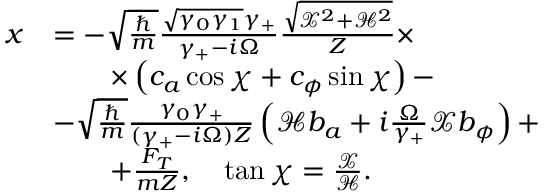
\begin{array} { r l } { x } & { = - \sqrt { \frac { \hbar } { m } } \frac { \sqrt { \gamma _ { 0 } \gamma _ { 1 } } \gamma _ { + } } { \gamma _ { + } - i \Omega } \frac { \sqrt { \mathcal { X } ^ { 2 } + \mathcal { H } ^ { 2 } } } { Z } \times } \\ & { \qquad \times \left( c _ { a } \cos \chi + c _ { \phi } \sin \chi \right) - } \\ & { - \sqrt { \frac { \hbar } { m } } \frac { \gamma _ { 0 } \gamma _ { + } } { ( \gamma _ { + } - i \Omega ) Z } \left( \mathcal { H } b _ { a } + i \frac { \Omega } { \gamma _ { + } } \mathcal { X } b _ { \phi } \right) + } \\ & { \qquad + \frac { F _ { T } } { m Z } , \quad \tan \chi = \frac { \mathcal { X } } { \mathcal { H } } . } \end{array}